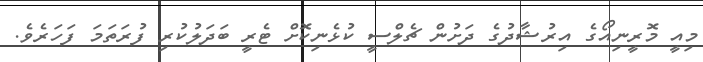
މިއީ މޮރީނިއޯގެ އިރުޝާދުގެ ދަށުން ޗެލްސީ ކުޅެނިކޮށް ޓެރީ ބަދަލުކުރި ފުރަތަމަ ފަހަރެވެ.